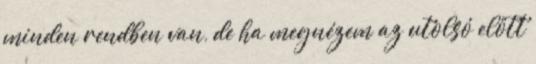
minden rendben van, de ha megnézem az utolsó előtt